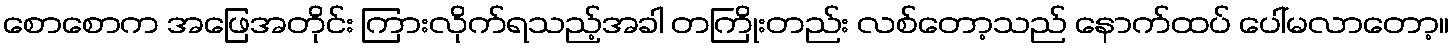
စောစောက အဖြေအတိုင်း ကြားလိုက်ရသည့်အခါ တကြိုးတည်း လစ်တော့သည် နောက်ထပ် ပေါ်မလာတော့။